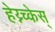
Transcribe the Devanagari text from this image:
हेय्न्च्केस्